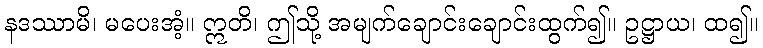
နဒဿာမိ၊ မပေးအံ့။ ဣတိ၊ ဤသို့ အမျက်ချောင်းချောင်းထွက်၍။ ဥဋ္ဌာယ၊ ထ၍။